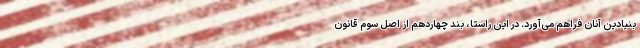
بنیادین آنان فراهم می‌آورد. در این راستا، بند چهاردهم از اصل سوم قانون